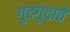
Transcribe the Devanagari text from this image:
गुदगुदाते